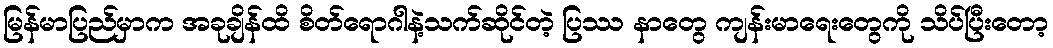
မြန်မာပြည်မှာက အခုချိန်ထိ စိတ်ရောဂါနဲ့သက်ဆိုင်တဲ့ ပြဿ နာတွေ ကျန်းမာရေးတွေကို သိပ်ပြီးတော့